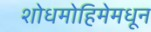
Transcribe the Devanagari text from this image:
शोधमोहिमेमधून